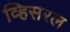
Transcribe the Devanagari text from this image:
व्हिसरल